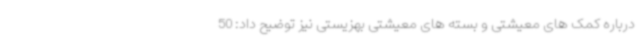
درباره کمک های معیشتی و بسته های معیشتی بهزیستی نیز توضیح داد: 50